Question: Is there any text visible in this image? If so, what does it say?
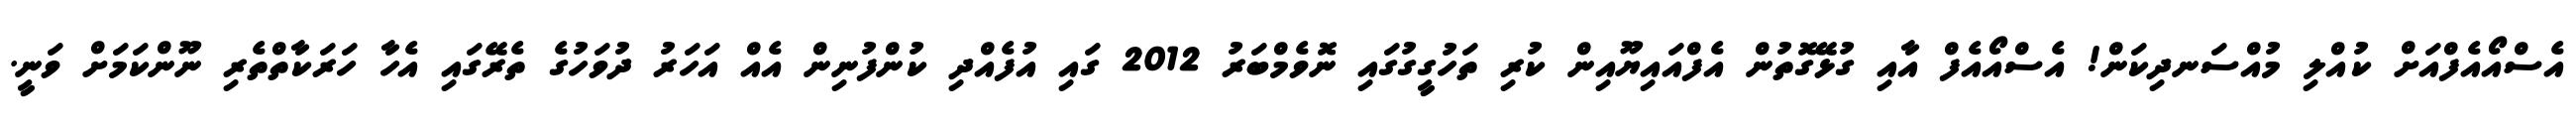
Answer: އެސްއޯއެފްއަށް ކުއްލި މުއްސަނދިކަން! އެސްއޯއެފް އާއި ގުޅޭގޮތުން އެފްއައިޔޫއިން ކުރި ތަހުގީގުގައި ނޮވެމްބަރު 2012 ގައި އުފެއްދި ކުންފުނިން އެއް އަހަރު ދުވަހުގެ ތެރޭގައި އެހާ ހަރަކާތްތެރި ނޫންކަމަށް ވަނީ.